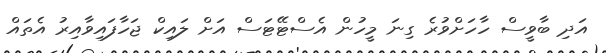
އަދި ބާވީސް ހާހަށްވުރެ ގިނަ މީހުން އެސްޓޭޓަސް އަށް ލައިކް ޖަހާފައިވާއިރު އެތައް